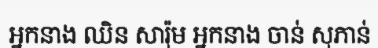
អ្នកនាង ឈិន សារ៉ុម អ្នកនាង ចាន់ សុភាន់